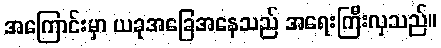
အကြောင်းမှာ ယခုအခြေအနေသည် အရေးကြီးလှသည်။